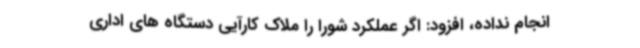
انجام نداده، افزود: اگر عملکرد شورا را ملاک کارآیی دستگاه های اداری